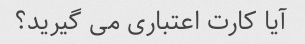
آیا کارت اعتباری می گیرید؟